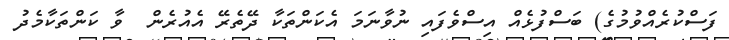
ފަސްކުރެއްވުމުގެ) ބަސްފުޅެއް އިސްވެފައި ނުވާނަމަ އެކަންތަކާ ދޭތެރޭ އެއުރެން  ވާ ކަންތަކާމެދު